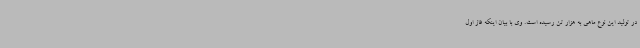
در تولید این نوع ماهی به هزار تن رسیده است. وی با بیان اینکه فاز اول